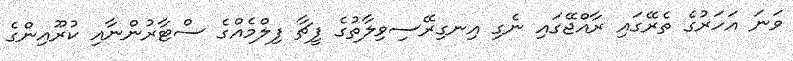
ވަނަ އަހަރުގެ ތެރޭގައި ރާއްޖޭގައި ނެގި އިނގިރޭސިވިލާތުގެ ފީޗާ ފިލްމެއްގެ ސްޓާރުންނާއި ކުރޫއިންގެ